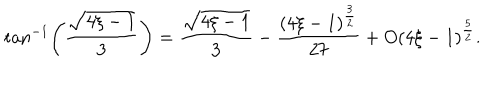
\tan ^ { - 1 } \left( \frac { { \sqrt { 4 \xi - 1 } } } { 3 } \right) = \frac { { \sqrt { 4 \xi - 1 } } } { 3 } - \frac { ( 4 \xi - 1 ) ^ { \frac { 3 } { 2 } } } { 2 7 } + O ( 4 \xi - 1 ) ^ { \frac { 5 } { 2 } } .